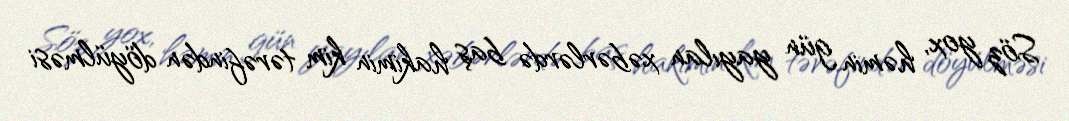
Söz yox, həmin gün yayılan xəbərlərdə baş hakimin kim tərəfindən döyülməsi